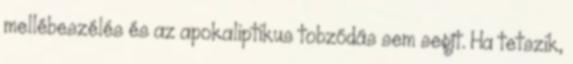
mellébeszélés és az apokaliptikus tobzódás sem segít. Ha tetszik,